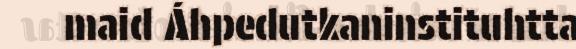
maid Áhpedutkaninstituhtta